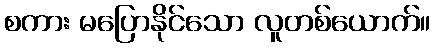
စကား မပြောနိုင်သော လူတစ်ယောက်။